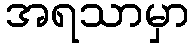
အရသာမှာ